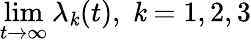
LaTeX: \operatorname*{lim}_{t\to\infty}\lambda_{\mathit{k}}(t),\; \mathit{k}=1,2,3